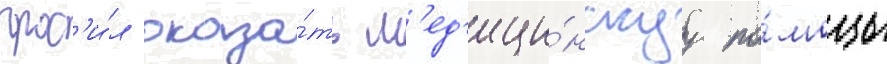
прос'и́л оказа́ть м'ед'ици́нскуу по́мощь